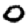
Digit: 0